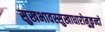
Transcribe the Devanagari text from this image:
सुखभावस्सुखाधारोमुकुन्दो